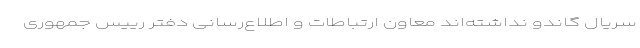
سریال گاندو نداشته‌اند معاون ارتباطات و اطلاع‌رسانی دفتر رییس جمهوری